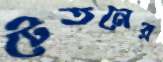
টেতনের